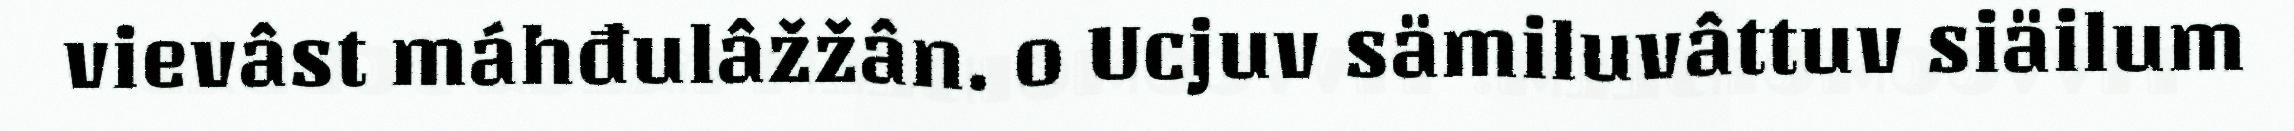
vievâst máhđulâžžân. o Ucjuv sämiluvâttuv siäilum